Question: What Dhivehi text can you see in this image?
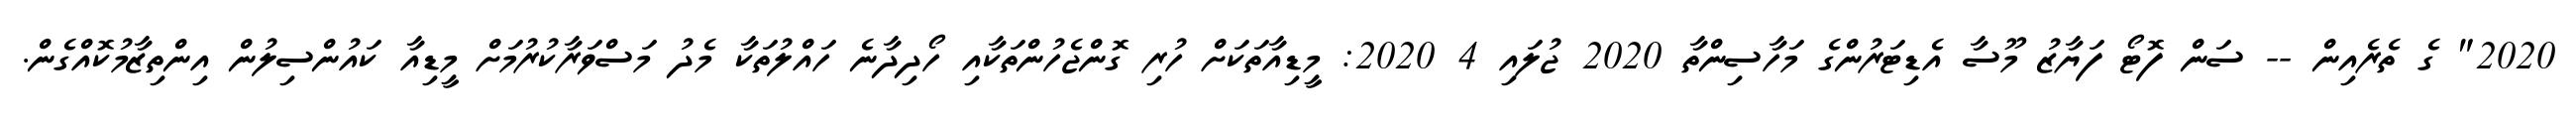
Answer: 2020" ގެ ތެރެއިން -- ސަން ފޮޓޯ ފަޔާޒު މޫސާ އެޑިޓަރުންގެ މަހާސިންތާ 2020 ޖުލައި 4 2020: މީޑިއާތަކަށް ހުރި ގޮންޖެހުންތަކާއި ހޯދިދާނެ ހައްލުތަކާ މެދު މަސްވަރާކުރުމަށް މީޑިއާ ކައުންސިލުން އިންތިޒާމުކޮއްގެން.